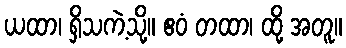
ယထာ၊ ရှိသကဲ့သို့။ ဧဝံ တထာ၊ ထို့ အတူ။